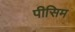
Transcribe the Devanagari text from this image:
पीसिम